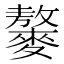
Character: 䵅